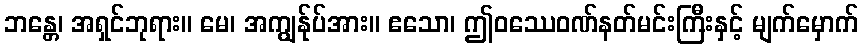
ဘန္တေ၊ အရှင်ဘုရား။ မေ၊ အကျွန်ုပ်အား။ ဧသော၊ ဤဝဿေဝဏ်နတ်မင်းကြီးနှင့် မျက်မှောက်